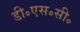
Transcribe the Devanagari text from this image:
डी॰एस॰सी॰